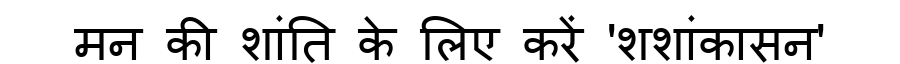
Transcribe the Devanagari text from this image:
मन की शांति के लिए करें 'शशांकासन'